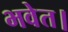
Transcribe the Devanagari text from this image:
भवेत।